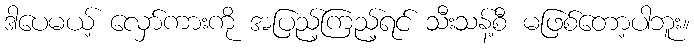
ဒါပေမယ့် လှော်ကားကို အပြည့်ကြည့်ရင် သီးသန့်စီ မဖြစ်တော့ပါဘူး။